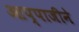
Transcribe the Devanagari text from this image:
आप्पाजीने